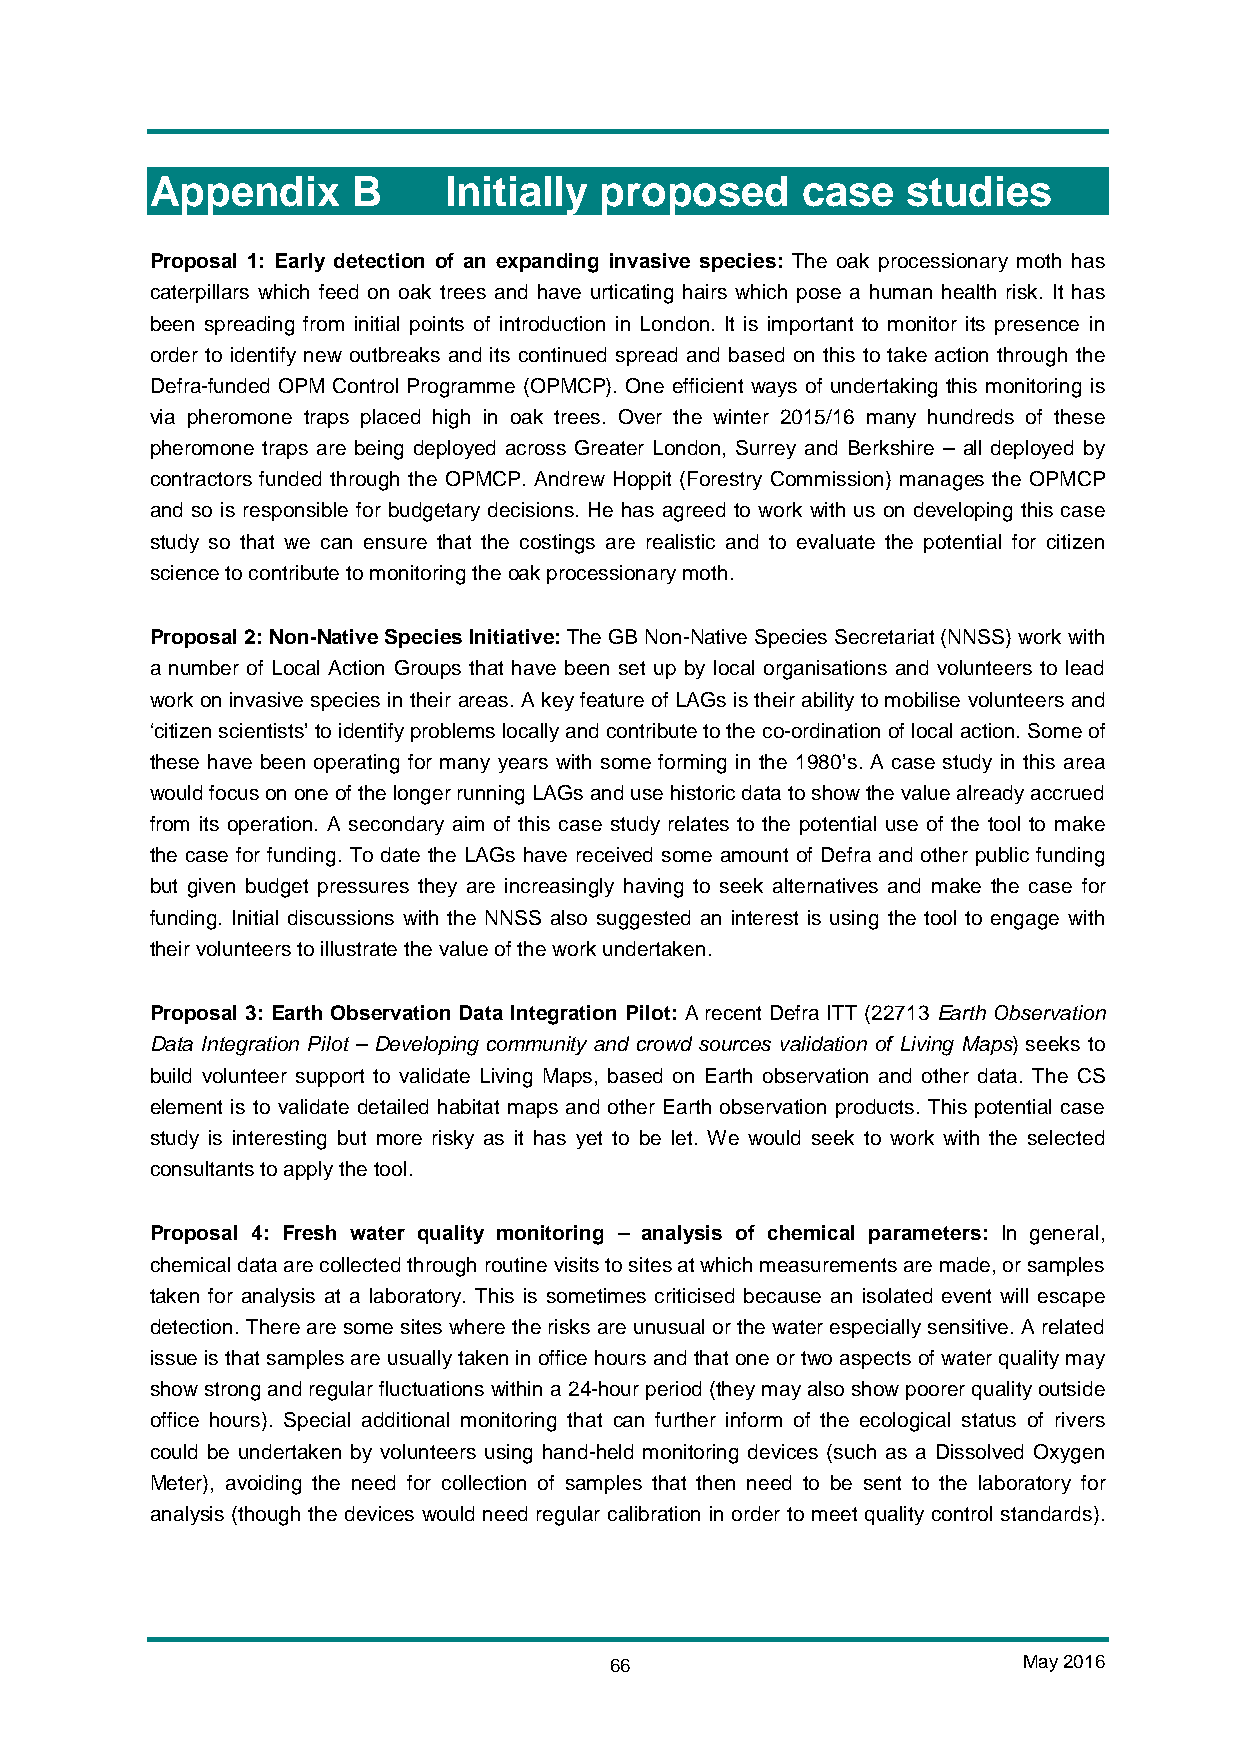
Appendix     B     Initially  proposed     case   studies
 Proposal 1: Early detection of an expanding invasive species: The oak processionary moth has
 caterpillars which feed on oak trees and have urticating hairs which pose a human health risk. It has
 been spreading from initial points of introduction in London. It is important to monitor its presence in
 order to identify new outbreaks and its continued spread and based on this to take action through the
 Defra-funded OPM Control Programme (OPMCP). One efficient ways of undertaking this monitoring is
 via pheromone traps placed high in oak trees. Over the winter 2015/16 many hundreds of these
 pheromone traps are being deployed across Greater London, Surrey and Berkshire – all deployed by
 contractors funded through the OPMCP. Andrew Hoppit (Forestry Commission) manages the OPMCP
 and so is responsible for budgetary decisions. He has agreed to work with us on developing this case
 study so that we can ensure that the costings are realistic and to evaluate the potential for citizen
 science to contribute to monitoring the oak processionary moth.
 Proposal 2: Non-Native Species Initiative: The GB Non-Native Species Secretariat (NNSS) work with
 a number of Local Action Groups that have been set up by local organisations and volunteers to lead
 work on invasive species in their areas. A key feature of LAGs is their ability to mobilise volunteers and
 ‘citizen scientists’ to identify problems locally and contribute to the co-ordination of local action. Some of
 these have been operating for many years with some forming in the 1980’s. A case study in this area
 would focus on one of the longer running LAGs and use historic data to show the value already accrued
 from its operation. A secondary aim of this case study relates to the potential use of the tool to make
 the case for funding. To date the LAGs have received some amount of Defra and other public funding
 but given budget pressures they are increasingly having to seek alternatives and make the case for
 funding. Initial discussions with the NNSS also suggested an interest is using the tool to engage with
 their volunteers to illustrate the value of the work undertaken.
 Proposal 3: Earth Observation Data Integration Pilot: A recent Defra ITT (22713 Earth Observation
 Data Integration Pilot – Developing community and crowd sources validation of Living Maps) seeks to
 build volunteer support to validate Living Maps, based on Earth observation and other data. The CS
 element is to validate detailed habitat maps and other Earth observation products. This potential case
 study is interesting but more risky as it has yet to be let. We would seek to work with the selected
 consultants to apply the tool.
 Proposal 4: Fresh water quality monitoring – analysis of chemical parameters: In general,
 chemical data are collected through routine visits to sites at which measurements are made, or samples
 taken for analysis at a laboratory. This is sometimes criticised because an isolated event will escape
 detection. There are some sites where the risks are unusual or the water especially sensitive. A related
 issue is that samples are usually taken in office hours and that one or two aspects of water quality may
 show strong and regular fluctuations within a 24-hour period (they may also show poorer quality outside
 office hours). Special additional monitoring that can further inform of the ecological status of rivers
 could be undertaken by volunteers using hand-held monitoring devices (such as a Dissolved Oxygen
 Meter), avoiding the need for collection of samples that then need to be sent to the laboratory for
 analysis (though the devices would need regular calibration in order to meet quality control standards).
 66                          May 2016